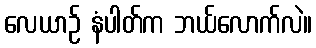
လေယာဉ် နံပါတ်က ဘယ်လောက်လဲ။